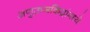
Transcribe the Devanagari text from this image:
अणुऊर्जाकेंद्रांमध्ये